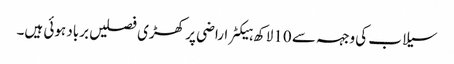
سیلاب کی وجہہ سے 10لاکھ ہیکٹر اراضی پر کھڑی فصلیں برباد ہوئی ہیں۔